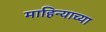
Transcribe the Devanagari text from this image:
माहिन्याच्या